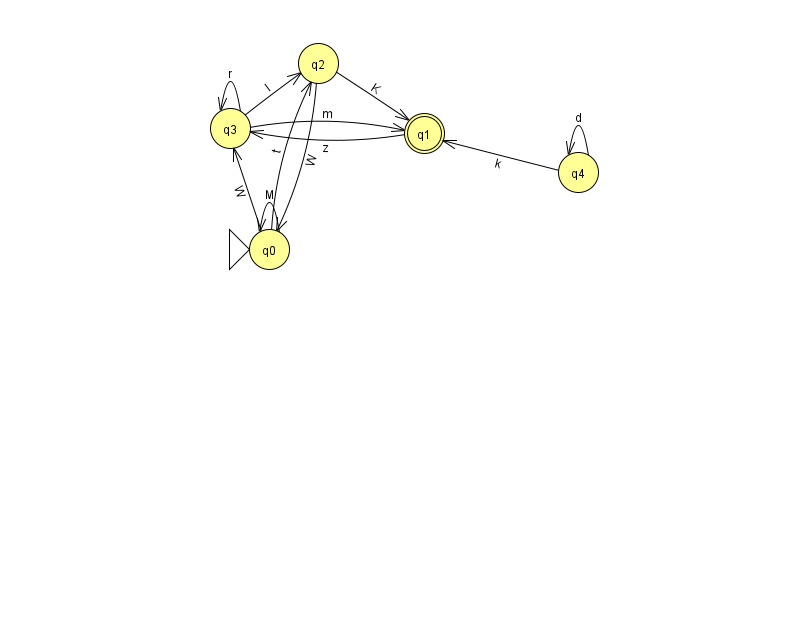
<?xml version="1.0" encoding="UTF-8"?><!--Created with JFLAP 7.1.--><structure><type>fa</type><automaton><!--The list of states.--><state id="0" name="q0"><x>269.0</x><y>236.0</y><initial/></state><state id="1" name="q1"><x>424.0</x><y>120.0</y><final/></state><state id="2" name="q2"><x>318.0</x><y>50.0</y></state><state id="3" name="q3"><x>230.0</x><y>115.0</y></state><state id="4" name="q4"><x>578.0</x><y>159.0</y></state><!--The list of transitions.--><transition><from>0</from><to>3</to><read>W</read></transition><transition><from>3</from><to>3</to><read>r</read></transition><transition><from>2</from><to>0</to><read>W</read></transition><transition><from>4</from><to>4</to><read>d</read></transition><transition><from>0</from><to>2</to><read>t</read></transition><transition><from>3</from><to>2</to><read>l</read></transition><transition><from>2</from><to>1</to><read>K</read></transition><transition><from>3</from><to>1</to><read>m</read></transition><transition><from>1</from><to>3</to><read>z</read></transition><transition><from>0</from><to>0</to><read>M</read></transition><transition><from>4</from><to>1</to><read>k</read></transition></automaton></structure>